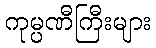
ကုမ္ပဏီကြီးများ